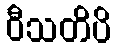
ဝီသတိပိ